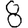
Digit: 8